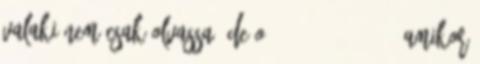
valaki nem csak olvassa, de o. 2014.03.31. 17:14 Amikor